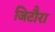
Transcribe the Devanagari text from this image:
जिटौरा